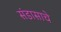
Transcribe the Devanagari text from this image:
संडासाचे